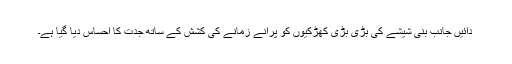
دائیں جانب بنی شیشے کی بڑی بڑی کھڑکیوں کو پرانے زمانے کی کشش کے ساتھ جدت کا احساس دیا گیا ہے۔